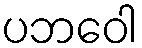
ပဘဝေါ